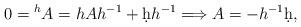
LaTeX: \begin{align*}0={}^hA=hAh^{-1}+\d h h^{-1}\Longrightarrow A=-h^{-1}\d h,\end{align*}